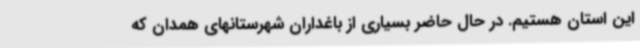
این استان هستیم. در حال حاضر بسیاری از باغداران شهرستانهای همدان که